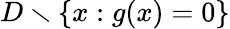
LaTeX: D\smallsetminus\{ x:g(x)=0\}